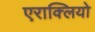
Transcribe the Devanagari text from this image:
एराक्लियो